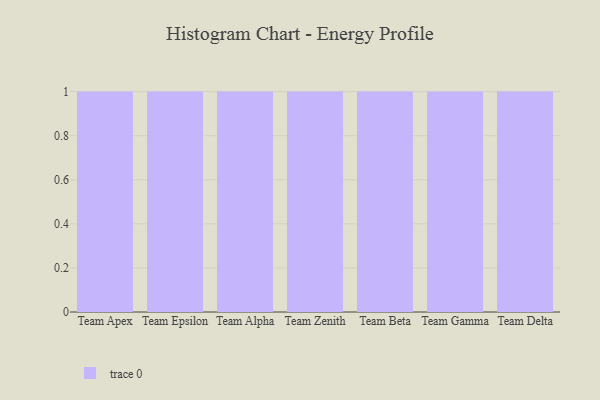
{"axis": {"x": "Team", "y": "Website Visitors"}, "legend": [""], "data": [{"x": "Team Apex", "y": 69, "type": ""}, {"x": "Team Epsilon", "y": 64, "type": ""}, {"x": "Team Alpha", "y": 39, "type": ""}, {"x": "Team Zenith", "y": 50, "type": ""}, {"x": "Team Beta", "y": 72, "type": ""}, {"x": "Team Gamma", "y": 52, "type": ""}, {"x": "Team Delta", "y": 97, "type": ""}]}